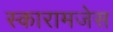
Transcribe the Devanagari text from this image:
स्कारामजेस